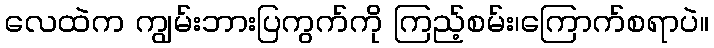
လေထဲက ကျွမ်းဘားပြကွက်ကို ကြည့်စမ်း၊ကြောက်စရာပဲ။